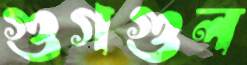
গুগগুল